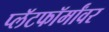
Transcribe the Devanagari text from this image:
प्लॅटफॉर्मांवर